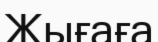
Жығаға